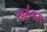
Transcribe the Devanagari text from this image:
खर्रुअस्